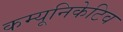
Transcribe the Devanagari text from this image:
कम्यूनिकेटिव